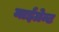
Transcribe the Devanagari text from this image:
माईग्रेन्ट